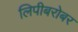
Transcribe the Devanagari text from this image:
लिपीबरोबर